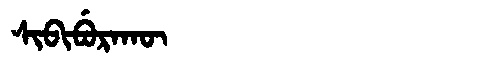
Manchu: ᠰᡳᠪᡳᠪᡠᡵᠠᡴᡡ
Romanization: SIBIBURAKŪ